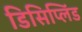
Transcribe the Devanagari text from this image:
डिसिप्लिंड